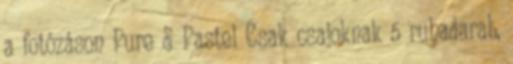
a fotózáson Pure & Pastel Csak csajoknak 5 ruhadarab,